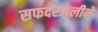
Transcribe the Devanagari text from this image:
सफदरअलीने